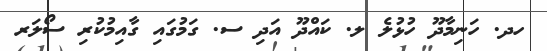
ހދ. ހަނިމާދޫ ހުޅުލެ ލ. ކައްދޫ އަދި ސ. ގަމުގައި ގާއިމުކުރި ސޯލަރ